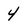
Character: 4